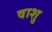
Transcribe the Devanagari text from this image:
वाशु